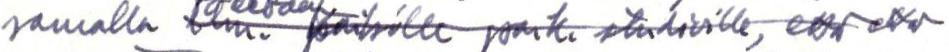
samalla ilm. kaikille paik. studioille, että että